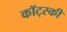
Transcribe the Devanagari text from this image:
कॉट्स्की